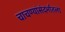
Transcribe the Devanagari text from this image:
चाचण्यांसंदर्भातला